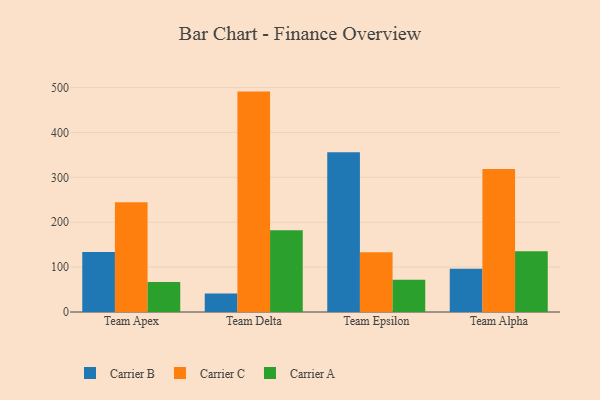
{"axis": {"x": "Team", "y": "Inventory Turnover"}, "legend": ["Carrier A", "Carrier B", "Carrier C"], "data": [{"x": "Team Apex", "y": 133.9, "type": "Carrier B"}, {"x": "Team Apex", "y": 244.7, "type": "Carrier C"}, {"x": "Team Apex", "y": 66.8, "type": "Carrier A"}, {"x": "Team Delta", "y": 41.2, "type": "Carrier B"}, {"x": "Team Delta", "y": 491.1, "type": "Carrier C"}, {"x": "Team Delta", "y": 181.9, "type": "Carrier A"}, {"x": "Team Epsilon", "y": 356.0, "type": "Carrier B"}, {"x": "Team Epsilon", "y": 133.1, "type": "Carrier C"}, {"x": "Team Epsilon", "y": 72.1, "type": "Carrier A"}, {"x": "Team Alpha", "y": 96.2, "type": "Carrier B"}, {"x": "Team Alpha", "y": 318.8, "type": "Carrier C"}, {"x": "Team Alpha", "y": 135.4, "type": "Carrier A"}]}